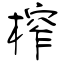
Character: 榨